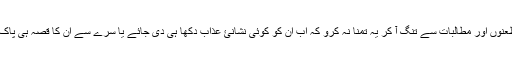
یعنی ان کے طعنوں اور مطالبات سے تنگ آ کر یہ تمنا نہ کرو کہ اب ان کو کوئی نشانئ عذاب دکھا ہی دی جائے یا سرے سے ان کا قصہ ہی پاک کر دیا جائے۔